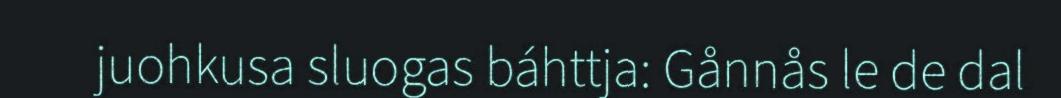
juohkusa sluogas báhttja: Gånnås le de dal